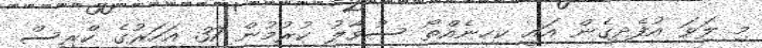
މި ލަވަ އުފެދިގެން އައީ ކިހިނެއްތޯ ސުވާލު ކުރުމުން 37 އަހަރުގެ ކްރިސް